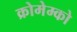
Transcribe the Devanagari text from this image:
क्रोमेम्को